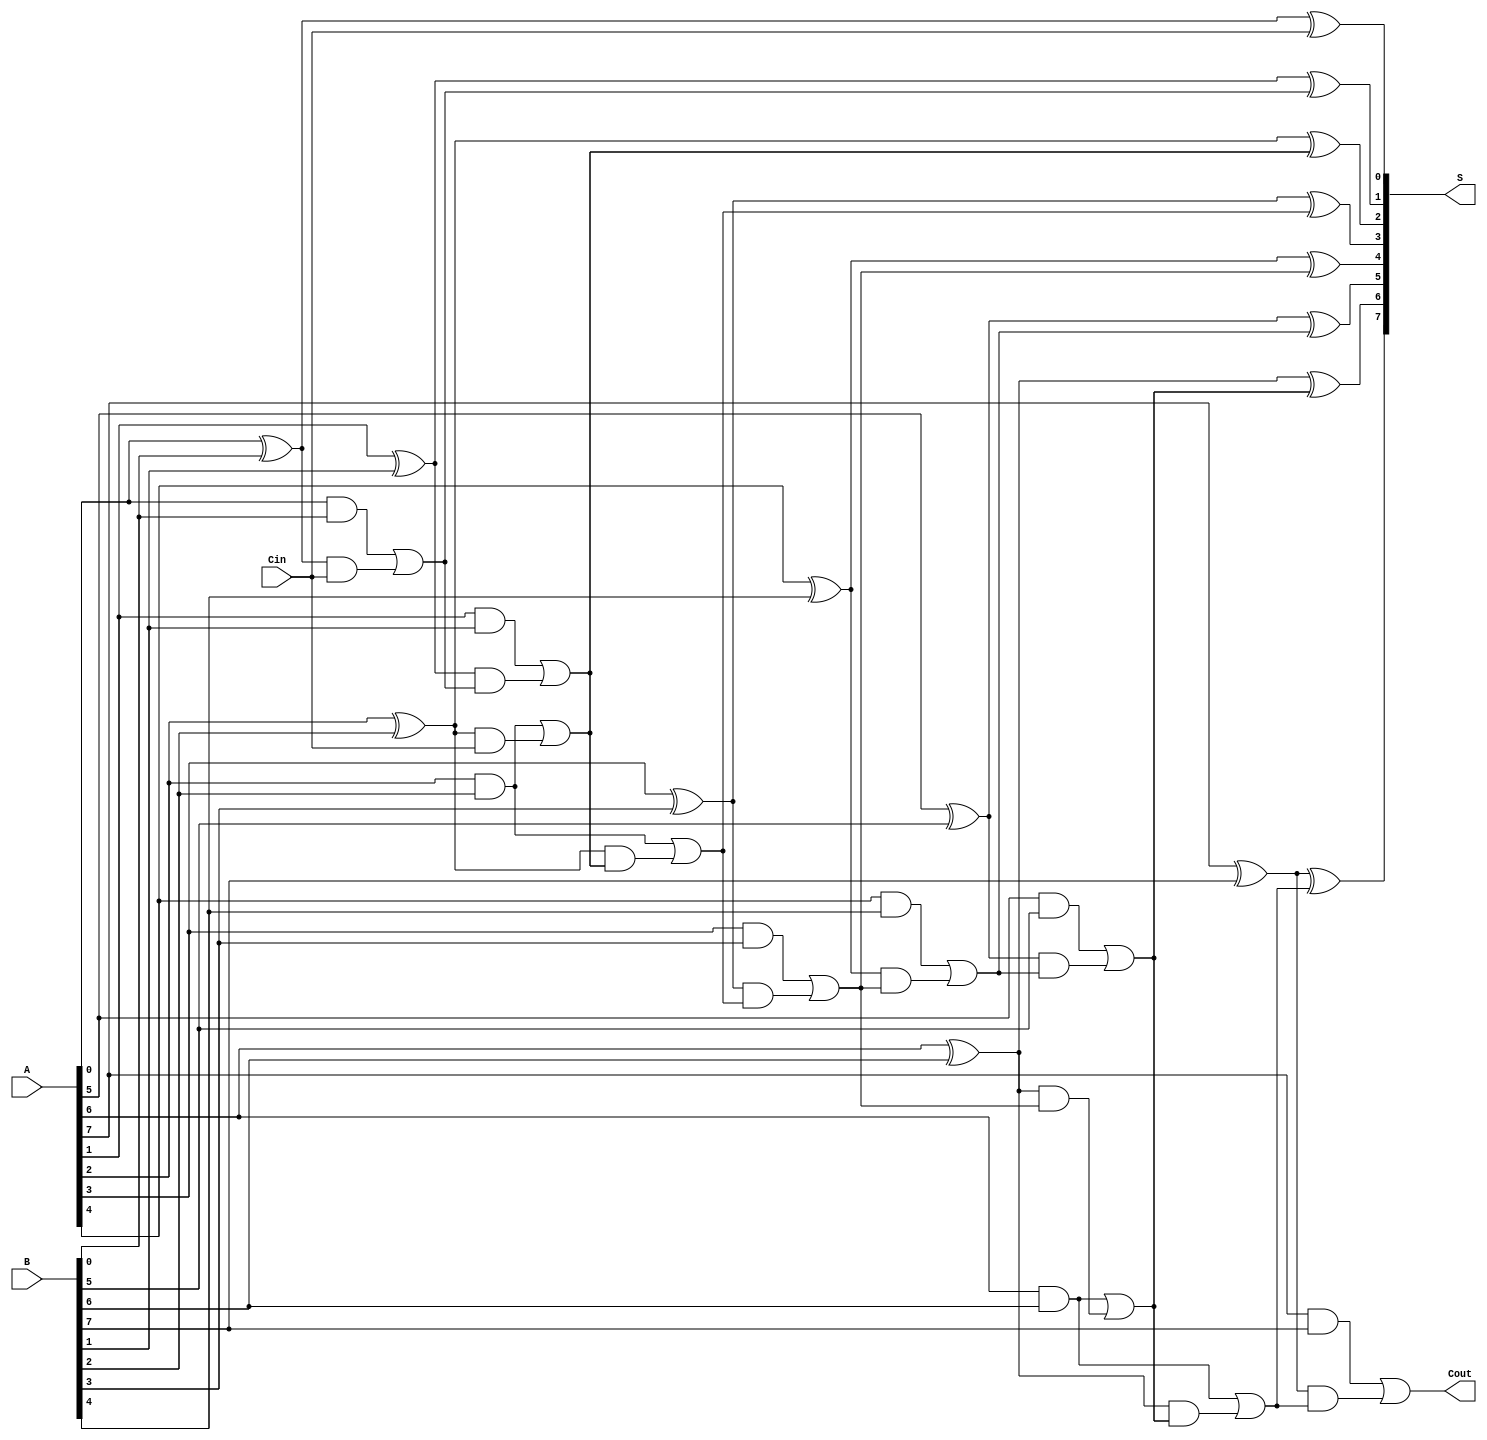
module brent_kung_adder #(parameter N = 8) (
    input  wire [N-1:0] A,      // First n-bit input
    input  wire [N-1:0] B,      // Second n-bit input
    input  wire Cin,             // Input carry
    output wire [N-1:0] S,       // n-bit sum output
    output wire Cout             // Output carry
);

    // Generate and propagate signals
    wire [N-1:0] G, P;
    genvar i;
    generate
        for (i = 0; i < N; i = i + 1) begin : gen_prop
            assign G[i] = A[i] & B[i]; // Generate
            assign P[i] = A[i] ^ B[i]; // Propagate
        end
    endgenerate

    // Carry signals
    wire [N:0] C; // C[0] = Cin, C[N] = Cout
    assign C[0] = Cin;

    // Level 1 of prefix tree (pairwise carry generation)
    generate
        for (i = 0; i < N-1; i = i + 2) begin : level1
            assign C[i + 1] = G[i] | (P[i] & C[i]);
            assign C[i + 2] = G[i + 1] | (P[i + 1] & C[i + 1]);
        end
        if (N % 2 == 1) begin
            assign C[N] = G[N-1] | (P[N-1] & C[N-1]);
        end
    endgenerate

    // Level 2 of prefix tree (combine results)
    generate
        for (i = 0; i < N; i = i + 1) begin : level2
            if (i % 4 == 0) begin
                assign C[i + 2] = G[i + 2] | (P[i + 2] & C[i]);
            end
        end
    endgenerate

    // Calculate the sum output
    generate
        for (i = 0; i < N; i = i + 1) begin : sum_calc
            assign S[i] = P[i] ^ C[i]; // Sum calculation
        end
    endgenerate

    // Final carry output
    assign Cout = C[N];

endmodule